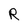
Character: R